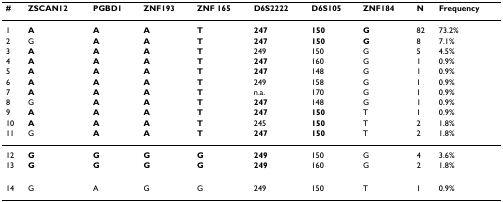
| # | ZSCAN12 | PGBD1 | ZNF193 | ZNF 165 | D6S2222 | D6S105 | ZNF184 | N | Frequency |
 | --- | --- | --- | --- | --- | --- | --- | --- | --- | --- |
 | 1 | A | A | A | T | 247 | 150 | G | 82 | 73.2% |
 | 2 | G | A | A | T | 247 | 150 | G | 8 | 7.1% |
 | 3 | A | A | A | T | 249 | 150 | G | 5 | 4.5% |
 | 4 | A | A | A | T | 247 | 160 | G | 1 | 0.9% |
 | 5 | A | A | A | T | 247 | 148 | G | 1 | 0.9% |
 | 6 | A | A | A | T | 249 | 158 | G | 1 | 0.9% |
 | 7 | A | A | A | T | n.a. | 170 | G | 1 | 0.9% |
 | 8 | G | A | A | T | 247 | 148 | G | 1 | 0.9% |
 | 9 | A | A | A | T | 247 | 150 | T | 1 | 0.9% |
 | 10 | A | A | A | T | 245 | 150 | T | 2 | 1.8% |
 | 11 | G | A | A | T | 247 | 150 | T | 2 | 1.8% |
 | 12 | G | G | G | G | 249 | 150 | G | 4 | 3.6% |
 | 13 | G | G | G | G | 249 | 160 | G | 2 | 1.8% |
 | 14 | G | A | G | G | 249 | 150 | T | 1 | 0.9% |